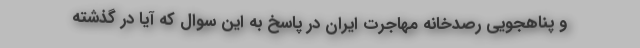
و پناهجویی رصدخانه مهاجرت ایران در پاسخ به این سوال که آیا در گذشته